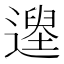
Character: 𨖽